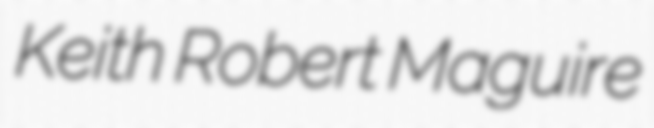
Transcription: Keith Robert Maguire